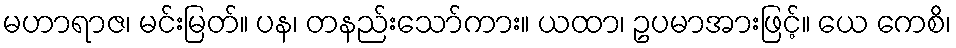
မဟာရာဇ၊ မင်းမြတ်။ ပန၊ တနည်းသော်ကား။ ယထာ၊ ဥပမာအားဖြင့်။ ယေ ကေစိ၊